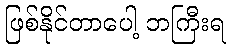
ဖြစ်နိုင်တာပေါ့ ဘကြီးရ